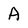
Character: A